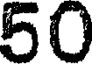
50